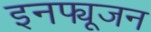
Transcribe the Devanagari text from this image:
इनफ्यूजन